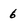
Character: 6